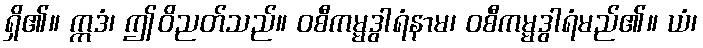
ရှိ၏။ ဣဒံ၊ ဤဝိညတ်သည်။ ဝစီကမ္မဒွါရံနာမ၊ ဝစီကမ္မဒွါရံမည်၏။ ယံ၊